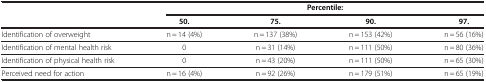
<table><thead><tr><td rowspan="2"><b> </b></td><td colspan="4"><b>Percentile:</b></td></tr><tr><td><b>50.</b></td><td><b>75.</b></td><td><b>90.</b></td><td><b>97.</b></td></tr></thead><tbody><tr><td>Identification of overweight</td><td>n = 14 (4%)</td><td>n = 137 (38%)</td><td>n = 153 (42%)</td><td>n = 56 (16%)</td></tr><tr><td>Identification of mental health risk</td><td>0</td><td>n = 31 (14%)</td><td>n = 111 (50%)</td><td>n = 80 (36%)</td></tr><tr><td>Identification of physical health risk</td><td>0</td><td>n = 43 (20%)</td><td>n = 111 (50%)</td><td>n = 65 (30%)</td></tr><tr><td>Perceived need for action</td><td>n = 16 (4%)</td><td>n = 92 (26%)</td><td>n = 179 (51%)</td><td>n = 65 (19%)</td></tr></tbody></table>